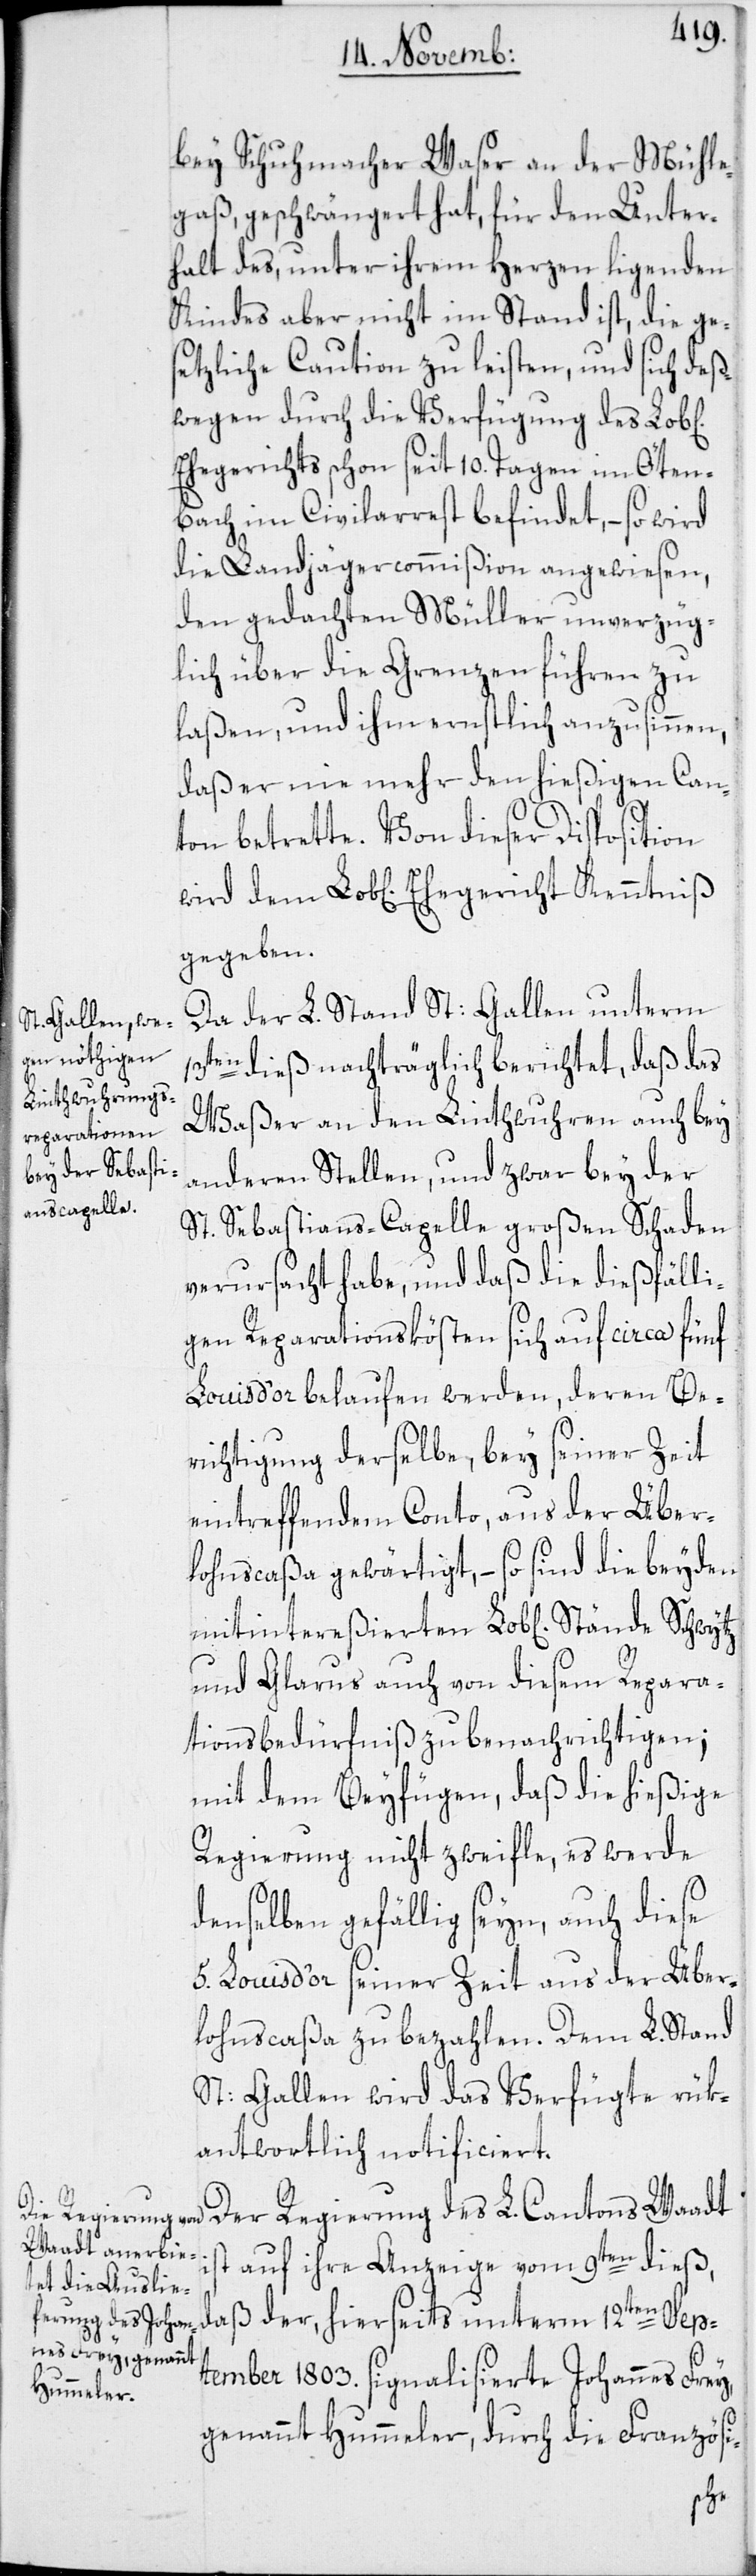
bey Schuhmacher Waser an der Mühle¬
gaß, geschwängert hat, für den Unter¬
halt des, unter ihrem Herzen ligenden
Kindes aber nicht im Stand ist, die ge¬
setzliche Caution zu leisten, und sich deß¬
wegen durch die Verfügung des Lob[li¬
Ehegerichts schon seit 10. Tagen im Öten¬
bach im Civilarrest befindet, – so wird
die Landjägercommißion angewiesen,
den gedachten Müller unverzüg¬
lich über die Grenzen führen zu
laßen, und ihm ernstlich anzusinnen,
daß er nie mehr den hießigen Can¬
ton betrette. Von dieser Disposition
gegeben.
Da der L. Stand St: Gallen unterm
13ten dieß nachträglich berichtet, daß das
Waßer an den Linthwuhren auch bey
anderen Stellen, und zwar bey der
St. Sebastians-Capelle großen Schaden
verursacht habe, und daß die dießfälli¬
gen Reparationskösten sich auf circa fünf
Louis d’or belaufen werden, deren Be¬
richtigung derselbe, bey seiner Zeit
eintreffendem Conto, aus der Über¬
lohnscaßa gewärtigt, – so sind die beyden
und Glarus auch von diesem Repara¬
tionsbedürfniß zu benachrichtigen;
mit dem Beyfügen, daß die hießige
Regierung nicht zweifle, es werde
denselben gefällig seyn, auch diese
5. Louis d’or seiner Zeit aus der Über¬
lohnscaßa zu bezahlen. Dem L. Stand
St: Gallen wird das Verfügte rük¬
antwortlich notificiert.
Der Regierung des L. Cantons Waadt
ist auf ihre Anzeige vom 9ten dieß,
daß der, hierseits unterm 12ten Sep¬
tember 1803. signalisierte Johannes Frey,
genannt Hummeler, durch die Französi-
chen]